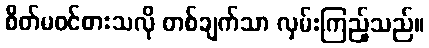
စိတ်မဝင်စားသလို တစ်ချက်သာ လှမ်းကြည့်သည်။